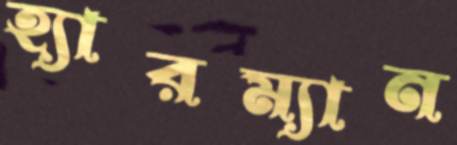
হ্যারম্যান